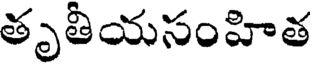
తృతీయసంహిత